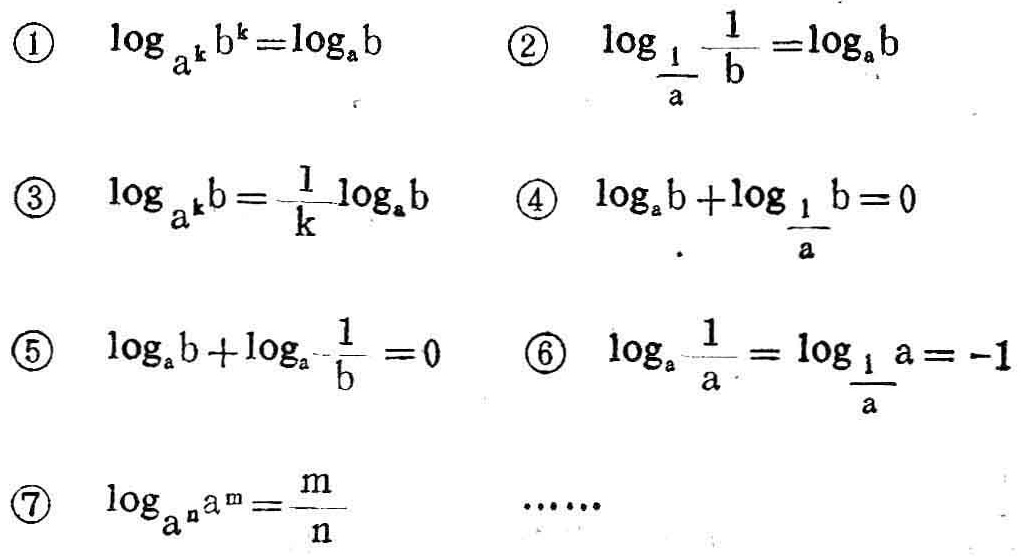
\textcircled{1} \(\log_{a^{k}}b^{k}=\log_{a}b\)  \textcircled{2} \(\log_{\frac{1}{a}}\frac{1}{b}=\log_{a}b\)
\textcircled{3} \(\log_{a^{k}}b = \frac{1}{k}\log_{a}b\) \textcircled{4} \(\log_{a}b+\log_{\frac{1}{a}}b = 0\)
\textcircled{5} \(\log_{a}b+\log_{a}\frac{1}{b}=0\) \textcircled{6} \(\log_{a}\frac{1}{a}=\log_{\frac{1}{a}}a=-1\)
\textcircled{7} \(\log_{a^{n}}a^{m}=\frac{m}{n}\) ......